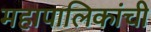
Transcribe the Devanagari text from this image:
महापालिकांची